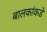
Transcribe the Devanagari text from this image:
बालकांकडे